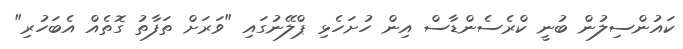
ކައުންސިލުން ބުނީ ކްރެސެންޑާސް އިން ހުށަހެޅި ޕްލޭނުގައި "ވަރަށް ތަފާތު ގޮތެއް އެބަހުރި"